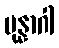
ပုန္နာဂါ